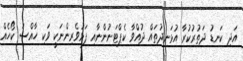
އަދި ކަނޑު ދަތުރުކުރާ އުޅަނދުތައް ދުއްވާ ކެޕްޓަނުންނާއި ފަޅުވެރިންނަކީ ވަކި ހާއްސަ ކޯހެއް